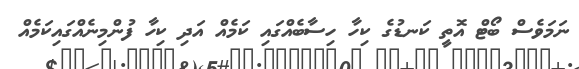
ނަމަވެސް ބޯޓް އޮތީ ކަނޑުގެ ކިހާ ހިސާބެއްގައި ކަމެއް އަދި ކިހާ ފުންމިނެއްގައިކަމެއް